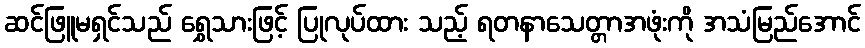
ဆင်ဖြူမရှင်သည် ရွှေသားဖြင့် ပြုလုပ်ထား သည့် ရတနာသေတ္တာအဖုံးကို အသံမြည်အောင်